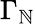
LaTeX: \Gamma_{\mathbb{N}}